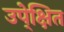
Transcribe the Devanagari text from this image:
उपे्क्षित